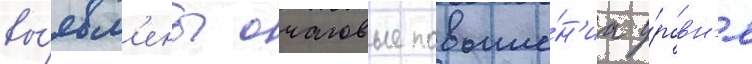
вы́явл'ены очаговые повыше́н'иа у́ровн'я